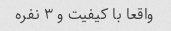
واقعا با کیفیت و ۳ نفره